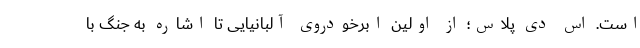
است. اس دی پلاس؛ از اولین ابرخودروی آلبانیایی تا اشاره به جنگ با